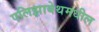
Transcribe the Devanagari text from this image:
एलिझाबेथमधील